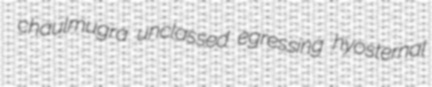
chaulmugra unclassed egressing hyosternal